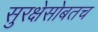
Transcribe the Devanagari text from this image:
सुरक्षेसोबतच